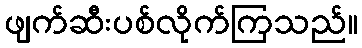
ဖျက်ဆီးပစ်လိုက်ကြသည်။